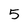
Character: 5